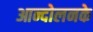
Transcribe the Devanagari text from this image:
आन्दोलनके